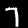
Label: 7